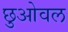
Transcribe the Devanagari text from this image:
छुओवल